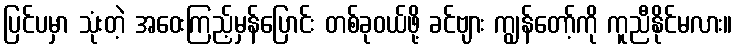
ပြင်ပမှာ သုံးတဲ့ အဝေးကြည့်မှန်ပြောင်း တစ်ခုဝယ်ဖို့ ခင်ဗျား ကျွန်တော့်ကို ကူညီနိုင်မလား။